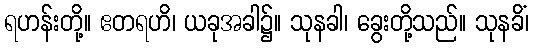
ရဟန်းတို့။ ဧတရဟိ၊ ယခုအခါ၌။ သုနခါ၊ ခွေးတို့သည်။ သုနခိံ၊